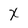
Character: x